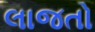
લાજતો